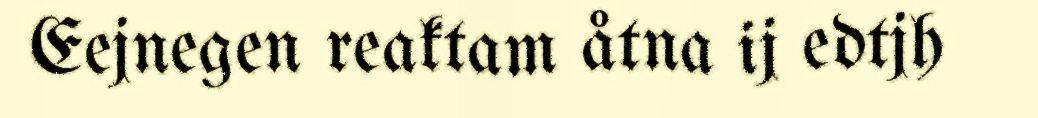
Eejnegen reaktam åtna ij edtjh